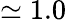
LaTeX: \simeq 1.0